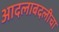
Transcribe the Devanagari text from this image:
आदलाबदलीचा